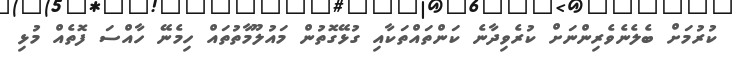
ކުރުމަށް ބެލެނެވެރިންނަށް ކުރެވިދާނެ ކަންތައްތަކާއި ގުޅޭގޮތުން މައުލޫމާތުތައް ހިމެނޭ ހާއްސަ ފޮތެއް މުޅި